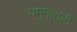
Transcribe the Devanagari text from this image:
यमुनातटी